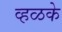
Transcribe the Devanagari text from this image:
व्हळके